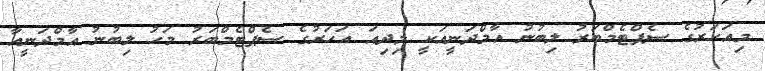
މިއަހަރުގެ ސެޕްޓެމްބަރު ލިބުނު އާމްދަނީއަކީ މިދިއަ އަހަރުގެ ސެޕްޓެމްބަރު މަހު ލިބުނު އާމްދަނީއާ